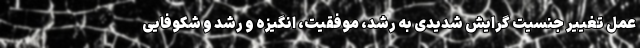
عمل تغییر جنسیت گرایش شدیدی به رشد، موفقیت، انگیزه و رشد و شکوفایی